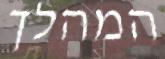
המהלך